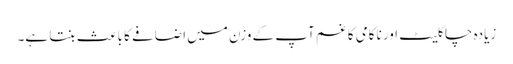
زیادہ چاکلیٹ اور ناکامی کا غم آپ کے وزن میں اضافے کا باعث بنتا ہے۔